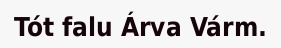
Tót falu Árva Várm.